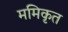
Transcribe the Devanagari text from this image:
ममिकृत